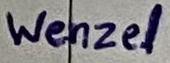
Text: Wenzel